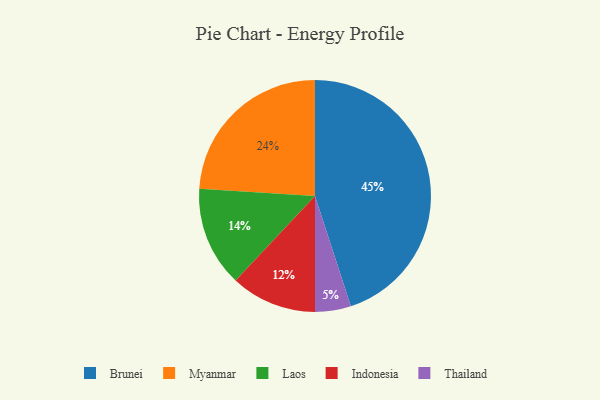
{"axis": {"x": "Category", "y": "Percentage"}, "legend": ["Brunei", "Indonesia", "Laos", "Myanmar", "Thailand"], "data": [{"x": "Laos", "y": 14, "type": "Laos"}, {"x": "Thailand", "y": 5, "type": "Thailand"}, {"x": "Myanmar", "y": 24, "type": "Myanmar"}, {"x": "Brunei", "y": 45, "type": "Brunei"}, {"x": "Indonesia", "y": 12, "type": "Indonesia"}]}